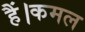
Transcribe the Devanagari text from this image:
हैं।कमल